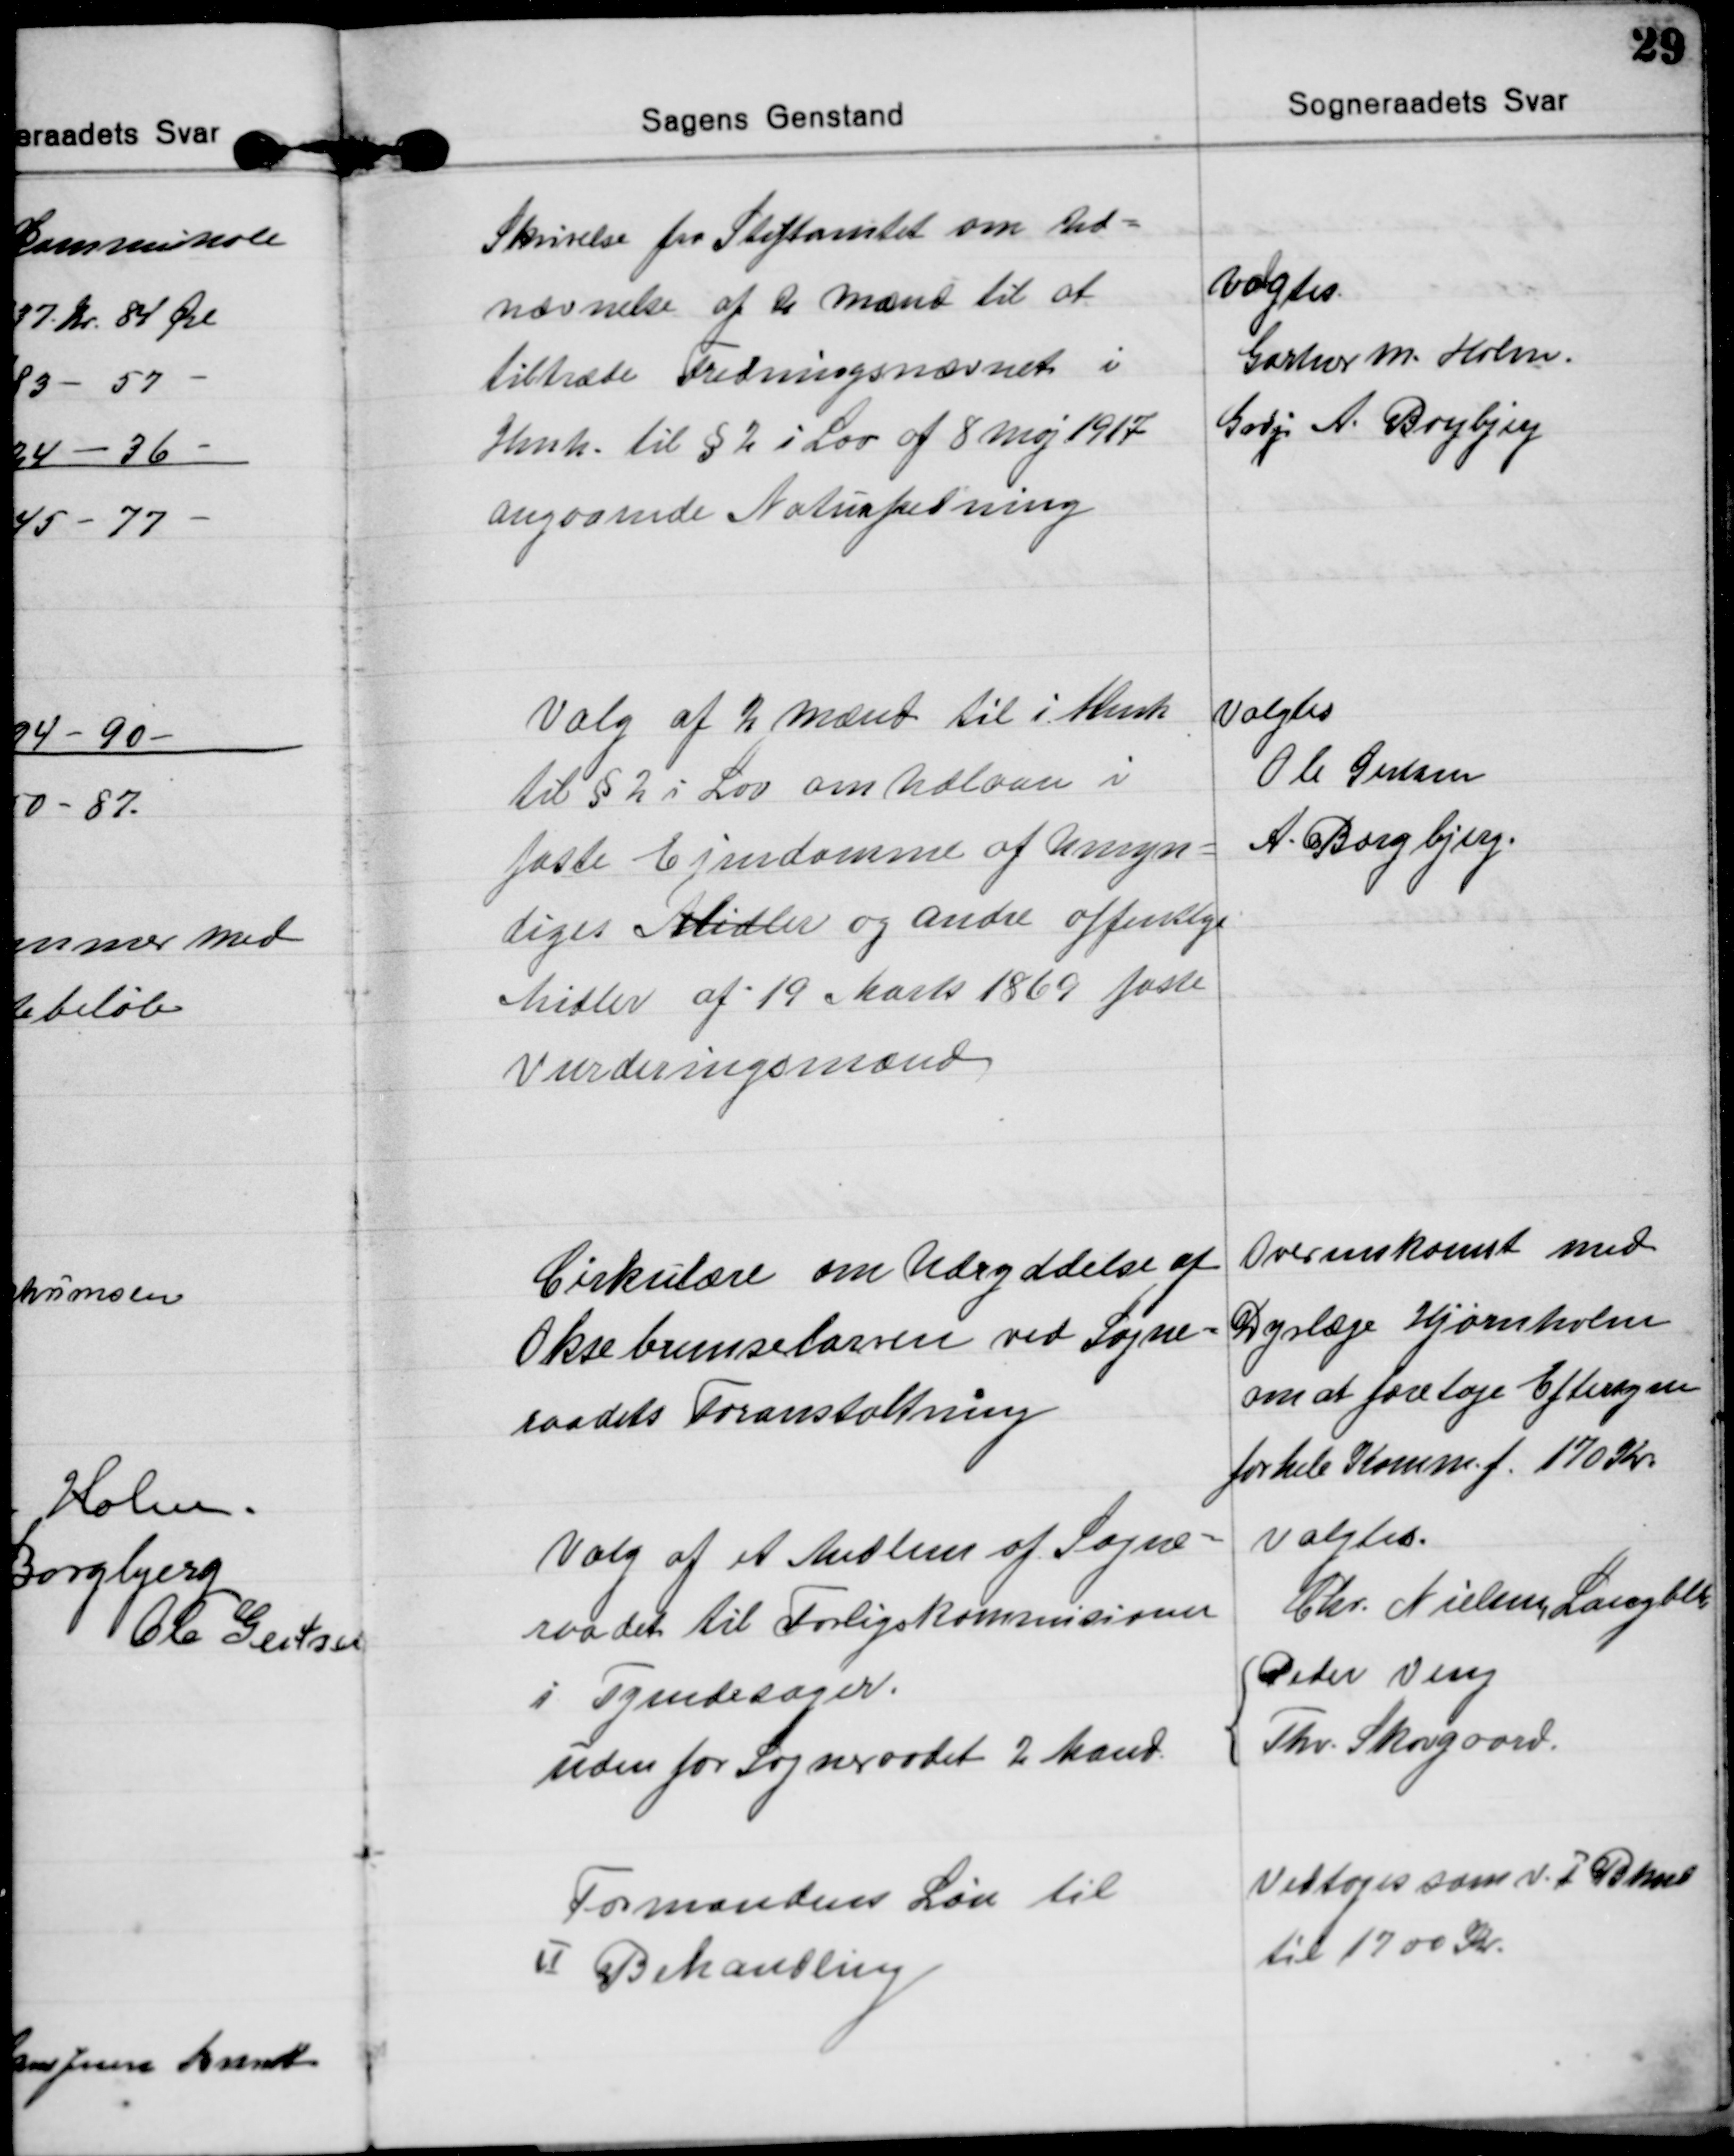
Transskription:
Skrivelse fra Stiftamtet om Ud=
nævnelse af 2 Mænd til at
tiltræde Fredningsnævnet i
Henh. til § 2 i Lov af 8 Maj 1917
angaaende Naturfredning
valgtes:
Gartner M. Holm.
Grdj. A. Borgbjerg

Valg af 2 Mænd til i Henh
til § 2 i Lov om Udlaan i
faste Ejendomme af Umyn=
diges Midler og andre offentlige
Midler af 19 Marts 1869 faste
Vurderingsmænd
valgtes
Ole Gertsen
A. Borgbjerg.

Cirkulære om Udryddelse af
Oksebremselarven ved Sogne=
raadets Foranstaltning
Overenskomst med
Dyrlæge Hjørnholm
om at foretage Eftersyn
for hele Komm. f. 170 Kr.

Valg af et Medlem af Sogne=
raadet til Forligskommisionen
i Tyendesager.
valgtes.
Chr. Nielsen, Langballe
uden for Sogneraadet 2 Mand.
Peder Veng
Thv. Skovgaard.

Formandens Løn til
Ⅱ Behandling
Vedtoges som v. I Bhnd.
til 1700 Kr.